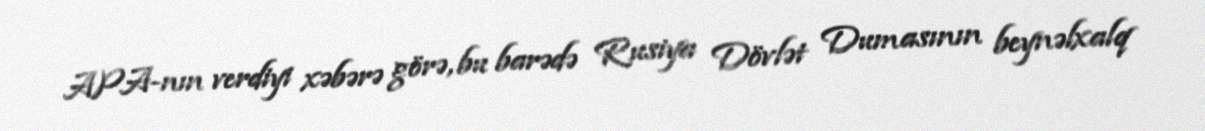
APA-nın verdiyi xəbərə görə, bu barədə Rusiya Dövlət Dumasının beynəlxalq